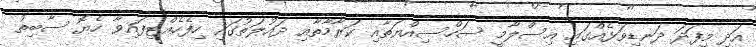
އަދި މިފަދަ ދަނޑިވަޅެއްގައި އިސްލާމީ ސަހްސިއްޔަތާއި ކަރާމާތާއި ދައުލަތުގައި ހިފެހެއްޓިފައިވާ ހެޔޮ ސާބިތު